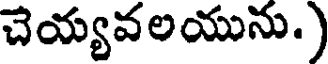
చెయ్యవలయును.)